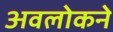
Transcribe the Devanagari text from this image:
अवलोकने